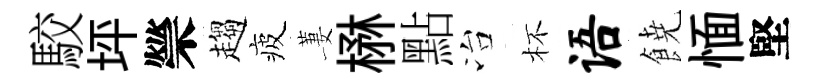
駮坪禜趨疲萋楙點冶杯语𩜙愐堅